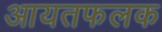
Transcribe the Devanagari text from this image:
आयतफलक